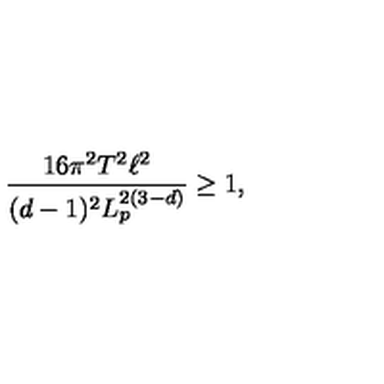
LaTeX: \frac { 1 6 \pi ^ { 2 } T ^ { 2 } \ell ^ { 2 } } { ( d - 1 ) ^ { 2 } L _ { p } ^ { 2 ( 3 - d ) } } \geq 1 ,